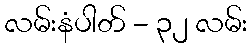
လမ်းနံပါတ် - ၃၂ လမ်း